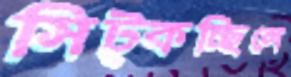
সিট্‌কচ্ছিলে